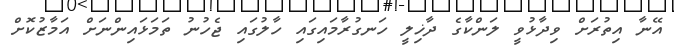
އޭނާ އިތުރަށް ވިދާޅުވީ ލަންކާގެ ދާޚިލީ ހަނގުރާމައިގައި ހާލުގައި ޖެހުނު ތަމަޅައިންނަށް އަމާޒުކޮށް